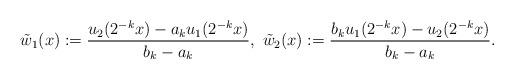
LaTeX: \begin{align*}\tilde{w}_1(x) := \frac{u_2(2^{-k}x)- a_k u_1(2^{-k}x)}{b_k -a_k}, \ \tilde{w}_2(x):= \frac{b_k u_1(2^{-k}x) - u_2(2^{-k}x) }{b_k-a_k}.\end{align*}